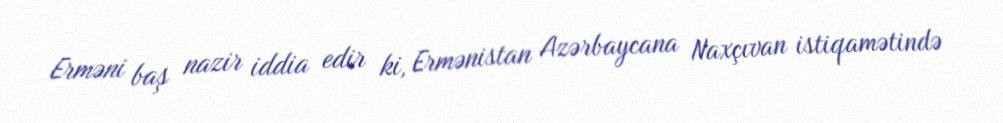
Erməni baş nazir iddia edir ki, Ermənistan Azərbaycana Naxçıvan istiqamətində